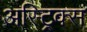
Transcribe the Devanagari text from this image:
अस्ट्रिक्स